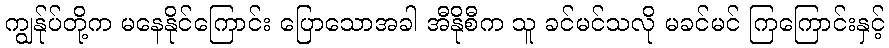
ကျွန်ုပ်တို့က မနေနိုင်ကြောင်း ပြောသောအခါ အီနိုစီက သူ ခင်မင်သလို မခင်မင် ကြကြောင်းနှင့်